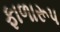
ફાળારૂપ